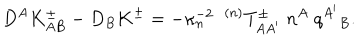
LaTeX: D ^ { A } K _ { A B } ^ { \pm } - D _ { B } K ^ { \pm } = - \kappa _ { n } ^ { - 2 } \; \; { } ^ { ( n ) } T _ { A A ^ { \prime } } ^ { \pm } \; n ^ { A } \; q ^ { A ^ { \prime } } { } _ { B } .